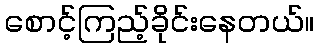
စောင့်ကြည့်ခိုင်းနေတယ်။